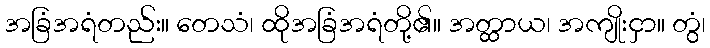
အခြံအရံတည်း။ တေသံ၊ ထိုအခြံအရံတို့၏။ အတ္ထာယ၊ အကျိုးငှာ။ တွံ၊